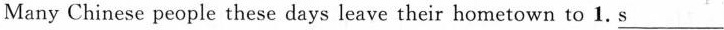
Many Chinese people these days leave their hometown to 1. \underline{s}___